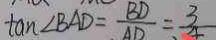
\tan \angle B A D = \frac { B D } { A D } = \frac { 3 } { 4 }